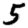
Digit: 5